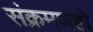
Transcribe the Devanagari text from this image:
संक्रमणहो